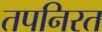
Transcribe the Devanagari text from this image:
तपनिरत